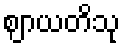
ဈာယတိသု